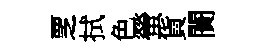
覂拭色螢貨闠